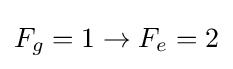
F_{g}=1\rightarrow F_{e}=2